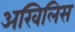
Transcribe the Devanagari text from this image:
अखिलिस